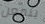
بتمعن